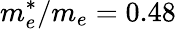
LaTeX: m_{e}^{*}/m_{e}=0.48